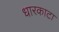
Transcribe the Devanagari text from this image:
धारकाटा